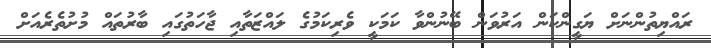
ރައްޔިތުންނަށް ޔަގީންކަން އަރުވަން ބޭނުންވާ ކަމަކީ ވެރިކަމުގެ ލައްޒަތާއި ޖާހަތުގައި ބާރުތައް މުށުތެރެއަށް